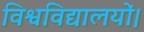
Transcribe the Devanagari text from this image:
विश्वविद्यालयों।